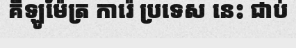
គីឡូម៉ែត្រ ការ៉េ ប្រទេស នេះ ជាប់